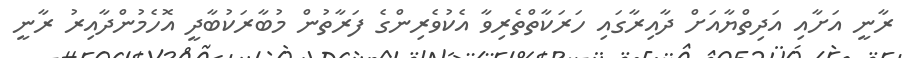
ރާނީ އަށާއި އަދިތްޔާއަށް ދާއިރާގައި ހަރަކާތްތެރިވާ އެކުވެރިންގެ ފަރާތުން މުބާރަކުބާދީ އޮހެމުންދާއިރު ރާނީ